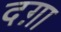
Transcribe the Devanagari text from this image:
दग़ा